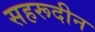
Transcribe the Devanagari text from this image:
सहरूदीन